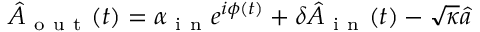
\hat { A } _ { \mathrm { ~ o ~ u ~ t ~ } } ( t ) = \alpha _ { \mathrm { ~ i ~ n ~ } } e ^ { i \phi ( t ) } + \delta \hat { A } _ { \mathrm { ~ i ~ n ~ } } ( t ) - \sqrt { \kappa } \hat { a }